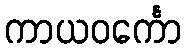
ကာယဝင်္ကော